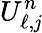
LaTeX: U_{\ell,\mathit{j}}^{n}